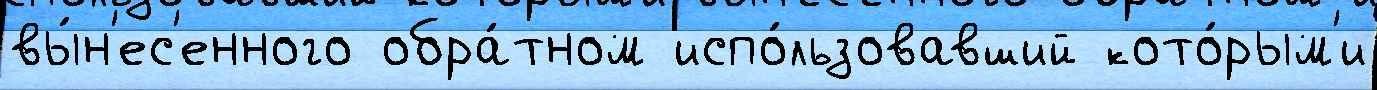
вы́н'ес'енного обра́тном испо́льзовавший кото́рым'и